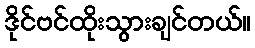
ဒိုင်ဗင်ထိုးသွားချင်တယ်။